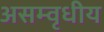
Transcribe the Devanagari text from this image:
असम्वृधीय